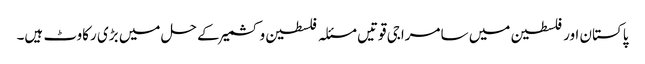
پاکستان اور فلسطین میں سامراجی قوتیں مسئلہ فلسطین و کشمیر کے حل میں بڑی رکاوٹ ہیں۔